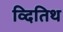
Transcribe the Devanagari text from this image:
व्दितिथ